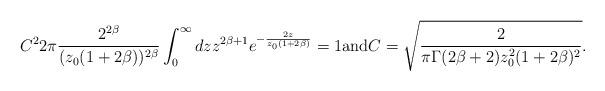
LaTeX: \begin{align*}C^2 2\pi\frac{2^{2\beta} }{(z_0(1+2\beta))^{2\beta}}\int_0^\infty dz z^{2\beta+1}e^{-\frac{2z}{z_0 (1+2\beta)}}=1{\rm and}C=\sqrt{\frac{2}{\pi\Gamma(2\beta+2)z_0^2(1+2\beta)^2}}.\end{align*}